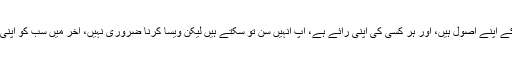
اداکار کا مزید کہنا تھا کہ ہر کسی کی اپنی سوچ ہے، ہر کسی کے اپنے اصول ہیں، اور ہر کسی کی اپنی رائے ہے، آپ انہیں سن تو سکتے ہیں لیکن ویسا کرنا ضروری نہیں، آخر میں سب کو اپنی زندگی پر اور دوسرے ضروری مسائل پر فوکس کرنا چاہیے"۔